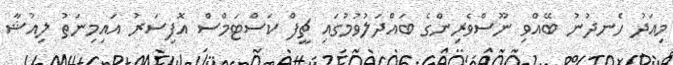
މިއަދު ހެނދުނު ބޭއްވި ނޫސްވެރިންގެ ބައްދަލުވުމުގައި ޗީފް ކަސްޓަމްސް އޮފިސަރު އައިމިނަތު ލިއުޝާ